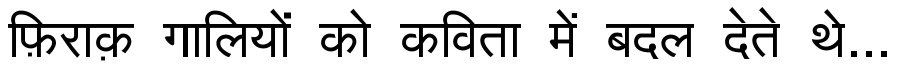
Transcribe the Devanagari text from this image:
फ़िराक़ गालियों को कविता में बदल देते थे...